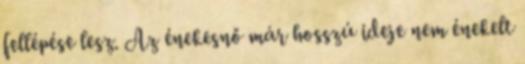
fellépése lesz. Az énekesnő már hosszú ideje nem énekelt